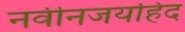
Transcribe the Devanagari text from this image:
नवीनजयहिंद